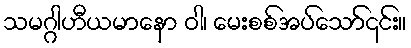
သမဂ္ဂါဟီယမာနော ဝါ၊ မေးစစ်အပ်သော်၎င်း။